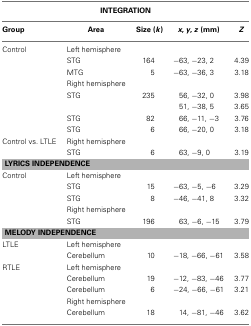
<table><thead><tr><td colspan="5"><b>INTEGRATION</b></td></tr><tr><td><b>Group</b></td><td><b>Area</b></td><td><b>Size (<i>k</i>)</b></td><td><b><i>x</i>, <i>y</i>, <i>z</i> (mm)</b></td><td><b><i>Z</i></b></td></tr></thead><tbody><tr><td>Control</td><td>Left hemisphere</td></tr><tr><td></td><td>STG</td><td>164</td><td>−63, −23, 2</td><td>4.39</td></tr><tr><td></td><td>MTG</td><td>5</td><td>−63, −36, 3</td><td>3.18</td></tr><tr><td></td><td>Right hemisphere</td></tr><tr><td></td><td>STG</td><td>235</td><td>56, −32, 0</td><td>3.98</td></tr><tr><td></td><td></td><td></td><td>51, −38, 5</td><td>3.65</td></tr><tr><td></td><td>STG</td><td>82</td><td>66, −11, −3</td><td>3.76</td></tr><tr><td></td><td>STG</td><td>6</td><td>66, −20, 0</td><td>3.18</td></tr><tr><td>Control vs. LTLE</td><td>Right hemisphere</td></tr><tr><td></td><td>STG</td><td>6</td><td>63, −9, 0</td><td>3.19</td></tr><tr><td colspan="5"><b>LYRICS INDEPENDENCE</b></td></tr><tr><td>Control</td><td>Left hemisphere</td></tr><tr><td></td><td>STG</td><td>15</td><td>−63, −5, −6</td><td>3.29</td></tr><tr><td></td><td>STG</td><td>8</td><td>−46, −41, 8</td><td>3.32</td></tr><tr><td></td><td>Right hemisphere</td></tr><tr><td></td><td>STG</td><td>196</td><td>63, −6, −15</td><td>3.79</td></tr><tr><td colspan="5"><b>MELODY INDEPENDENCE</b></td></tr><tr><td>LTLE</td><td>Left hemisphere</td></tr><tr><td></td><td>Cerebellum</td><td>10</td><td>−18, −66, −61</td><td>3.58</td></tr><tr><td>RTLE</td><td>Left hemisphere</td></tr><tr><td></td><td>Cerebellum</td><td>19</td><td>−12, −83, −46</td><td>3.77</td></tr><tr><td></td><td>Cerebellum</td><td>6</td><td>−24, −66, −61</td><td>3.21</td></tr><tr><td></td><td>Right hemisphere</td></tr><tr><td></td><td>Cerebellum</td><td>18</td><td>14, −81, −46</td><td>3.62</td></tr></tbody></table>